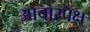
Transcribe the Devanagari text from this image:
आचारपक्ष